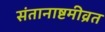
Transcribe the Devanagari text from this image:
संतानाष्टमीव्रत